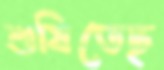
শুষিতেছ